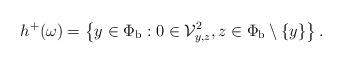
LaTeX: \begin{align*}h^+(\omega) = \left\{ y \in \Phi_{\mathrm{b}}: 0 \in \mathcal{V}_{y, z}^2, z \in \Phi_{\mathrm{b}} \setminus \{y\} \right\}.\end{align*}